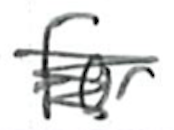
Text: for
Cross-out: scratch
Writing tool: ballpoint